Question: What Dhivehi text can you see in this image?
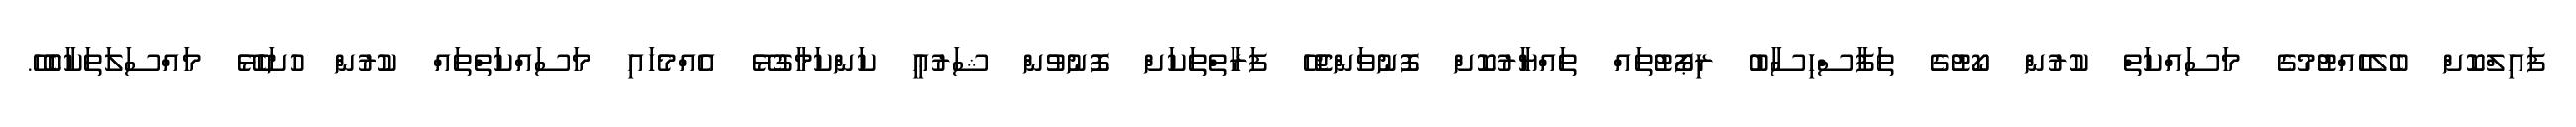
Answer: ފައިލްކޮށް ބެލެހެއްޓުމުގެ މަސައްކަތް ކުރުން ކޯޓުގެ ތަފާސްހިސާބު ރިޕޯޓުތައް ތައްޔާރުކޮށް ފޮނުވަންޖެހޭ ފަރާތްތަކަށް ފޮނުވުން ޝަރުޢީ ކަންކަމާގުޅޭ އެއްމެހައި މަސައްކަތްތައް ކުރުން ހުށަހެޅޭ މައްސަލަތަކާބެހޭ.